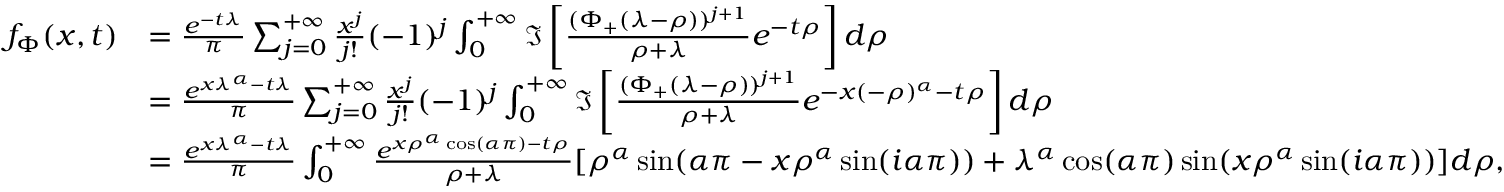
\begin{array} { r l } { f _ { \Phi } ( x , t ) } & { = \frac { e ^ { - t \lambda } } { \pi } \sum _ { j = 0 } ^ { + \infty } \frac { x ^ { j } } { j ! } ( - 1 ) ^ { j } \int _ { 0 } ^ { + \infty } \Im \left[ \frac { ( \Phi _ { + } ( \lambda - \rho ) ) ^ { j + 1 } } { \rho + \lambda } e ^ { - t \rho } \right] d \rho } \\ & { = \frac { e ^ { x \lambda ^ { \alpha } - t \lambda } } { \pi } \sum _ { j = 0 } ^ { + \infty } \frac { x ^ { j } } { j ! } ( - 1 ) ^ { j } \int _ { 0 } ^ { + \infty } \Im \left[ \frac { ( \Phi _ { + } ( \lambda - \rho ) ) ^ { j + 1 } } { \rho + \lambda } e ^ { - x ( - \rho ) ^ { \alpha } - t \rho } \right] d \rho } \\ & { = \frac { e ^ { x \lambda ^ { \alpha } - t \lambda } } { \pi } \int _ { 0 } ^ { + \infty } \frac { e ^ { x \rho ^ { \alpha } \cos ( \alpha \pi ) - t \rho } } { \rho + \lambda } [ \rho ^ { \alpha } \sin ( \alpha \pi - x \rho ^ { \alpha } \sin ( i \alpha \pi ) ) + \lambda ^ { \alpha } \cos ( \alpha \pi ) \sin ( x \rho ^ { \alpha } \sin ( i \alpha \pi ) ) ] d \rho , } \end{array}